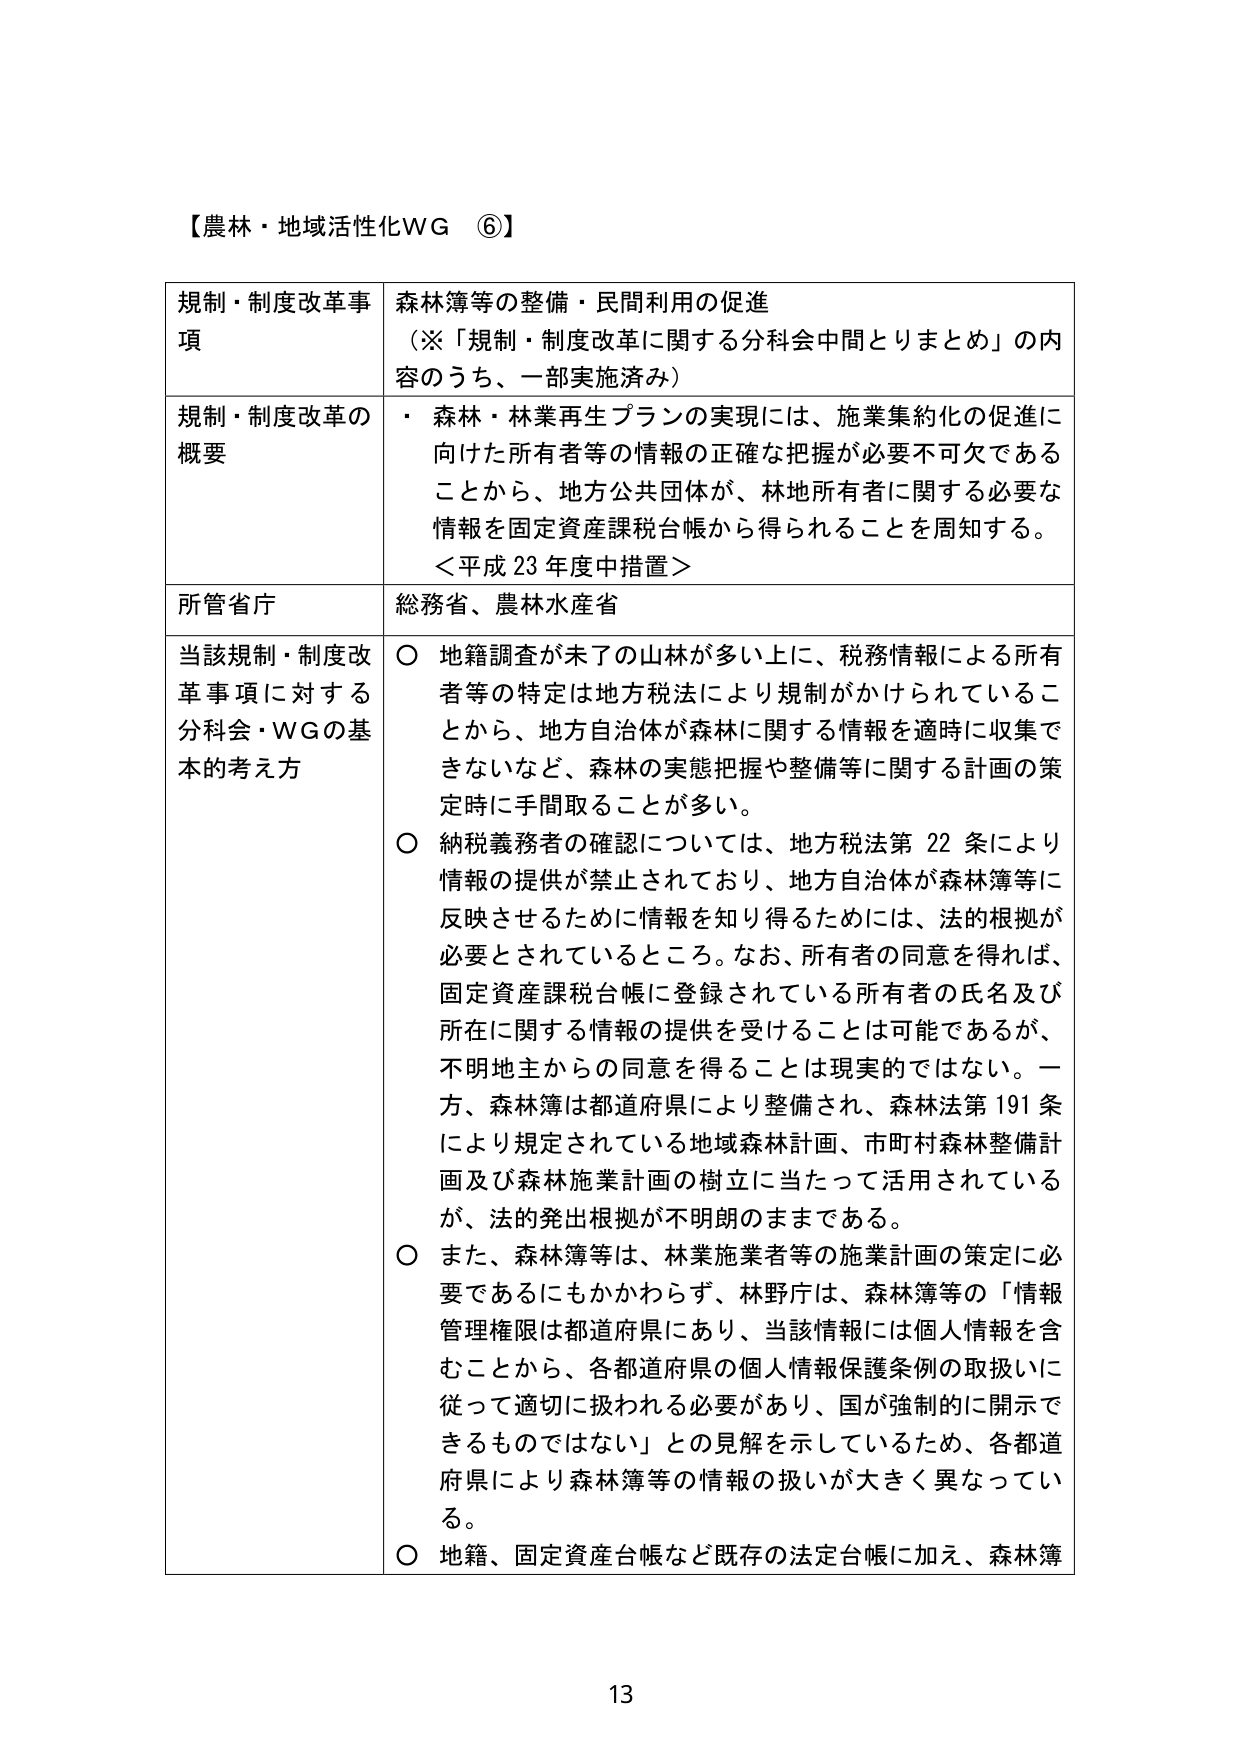
【農林・地域活性化WG ⑥】

規制・制度改革事項　　森林簿等の整備・民間利用の促進
（※「規制・制度改革に関する分科会中間とりまとめ」の内容のうち、一部実施済み）

規制・制度改革の概要
・ 森林・林業再生プランの実現には、施業集約化の促進に向けた所有者等の情報の正確な把握が必要不可欠であることから、地方公共団体が、林地所有者に関する必要な情報を固定資産課税台帳から得られることを周知する。
＜平成23年度中措置＞

所管省庁　　総務省、農林水産省

当該規制・制度改革事項に対する分科会・WGの基本的考え方
○ 地籍調査が未了の山林が多い上に、税務情報による所有者等の特定は地方税法により規制がかけられていることから、地方自治体が森林に関する情報を適時に収集できないなど、森林の実態把握や整備等に関する計画の策定時に手間取ることが多い。
○ 納税義務者の確認については、地方税法第22条により情報の提供が禁止されており、地方自治体が森林簿等に反映させるために情報を知り得るためには、法的根拠が必要とされているところ。なお、所有者の同意を得れば、固定資産課税台帳に登録されている所有者の氏名及び所在に関する情報の提供を受けることは可能であるが、不明地主からの同意を得ることは現実的ではない。一方、森林簿は都道府県により整備され、森林法第191条により規定されている地域森林計画、市町村森林整備計画及び森林施業計画の樹立に当たって活用されているが、法的発出根拠が不明朗のままである。
○ また、森林簿等は、林業施業者等の施業計画の策定に必要であるにもかかわらず、林野庁は、森林簿等の「情報管理権限は都道府県にあり、当該情報には個人情報を含むことから、各都道府県の個人情報保護条例の取扱いに従って適切に扱われる必要があり、国が強制的に開示できるものではない」との見解を示しているため、各都道府県により森林簿等の情報の扱いが大きく異なっている。
○ 地籍、固定資産台帳など既存の法定台帳に加え、森林簿

13